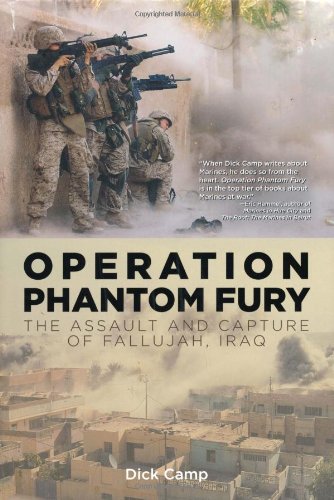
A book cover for Operation Phantom Fury: The Assault and Capture of Fallujah, Iraq; Dick Camp; History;